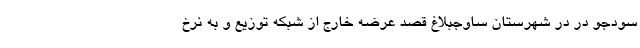
سودجو در در شهرستان ساوجبلاغ قصد عرضه خارج از شبکه توزیع و به نرخ